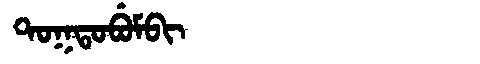
Manchu: ᡨᠣᡴᡨᠣᠪᡠᠮᠪᡳ
Romanization: TOKTOBUMBI